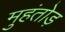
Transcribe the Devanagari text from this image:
मुहंतोड़